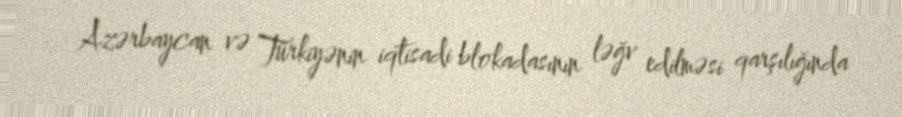
Azərbaycan və Türkiyənin iqtisadi blokadasının ləğv edilməsi qarşılığında